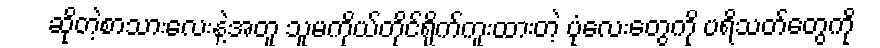
ဆိုတဲ့စာသားလေးနဲ့အတူ သူမကိုယ်တိုင်ရိုက်ကူးထားတဲ့ ပုံလေးတွေကို ပရိသတ်တွေကို